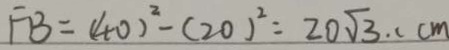
F B = ( 4 0 ) ^ { 2 } - ( 2 0 ) ^ { 2 } = 2 0 \sqrt { 3 } . ( c m